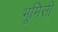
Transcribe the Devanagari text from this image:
भूमिसी